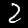
Digit: 2